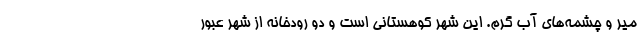
میِر و چشمه‌های آب گرم. این شهر کوهستانی است و دو رودخانه از شهر عبور